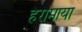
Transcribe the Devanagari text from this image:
हरामाया